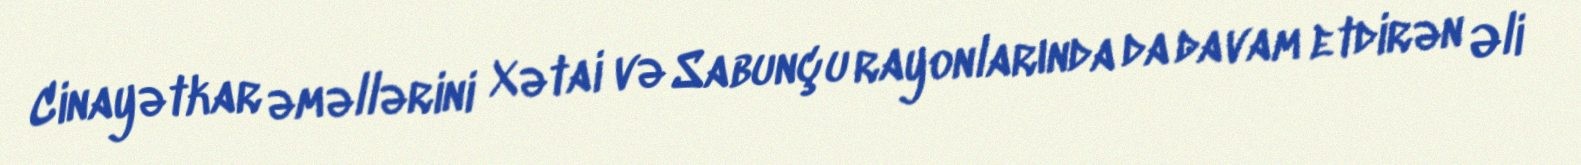
Cinayətkar əməllərini Xətai və Sabunçu rayonlarında da davam etdirən Əli